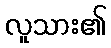
လူသား၏